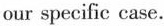
our specific case.